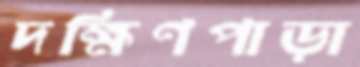
দক্ষিণপাড়া